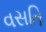
વસતિ